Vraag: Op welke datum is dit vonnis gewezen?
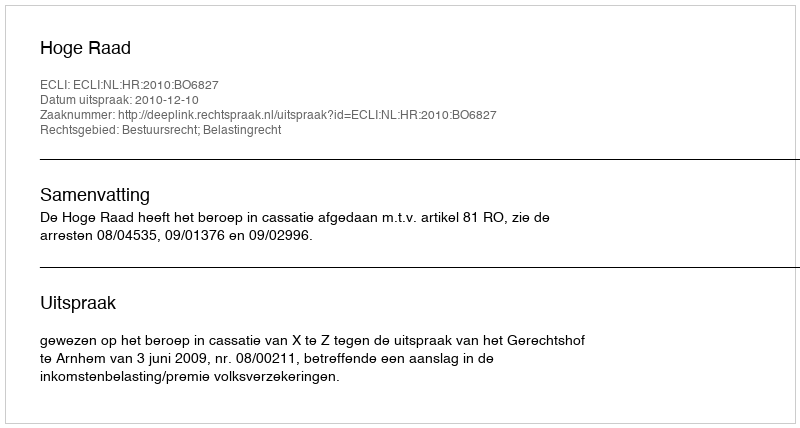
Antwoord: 2010-12-10